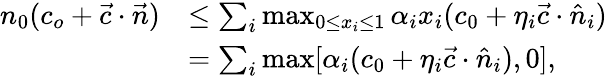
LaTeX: \begin{array}{rl}{n_{0}(c_{o}+\vec{c}\cdot\vec{n})}&{\le\sum_{i}\operatorname*{max}_{0\le x_{i}\le 1}\alpha_{i}x_{i}(c_{0}+\eta_{i}\vec{c}\cdot\hat{n}_{i})}\\ &{=\sum_{i}\operatorname*{max}[\alpha_{i}(c_{0}+\eta_{i}\vec{c}\cdot\hat{n}_{i}),0],}\end{array}